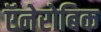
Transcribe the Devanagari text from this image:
ऍनेरोबिक